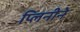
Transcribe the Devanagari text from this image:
प्लिनीने